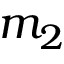
m _ { 2 }